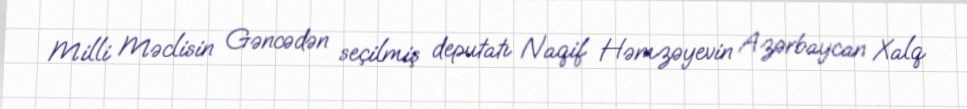
Milli Məclisin Gəncədən seçilmiş deputatı Naqif Həmzəyevin Azərbaycan Xalq